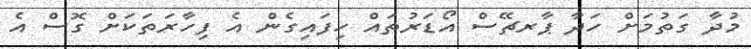
މުދާ ގަތުމަށް ހަދާ ޕާރޗޭސް އޯޑަރުތައް ހިފައިގެން އެ ފިހާރަތަކަށް ގޮސް އެ